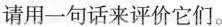
请用一句话来评价它们。